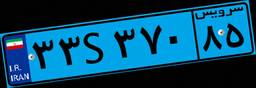
۲۱S۰۳۳۱۵